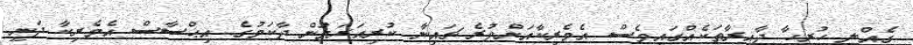
ގެއްލި ހުރިހާ ދާއިރާތަކެއްގައިވެސް އެމެރިކާއަށްވުރެ ޗައިނާ ކުރިއަރަމުން ދާކަމުގެ އިޙްސާސް އެމެރިކާ ދަނީ